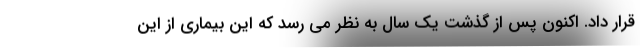
قرار داد. اکنون پس از گذشت یک سال به نظر می رسد که این بیماری از این